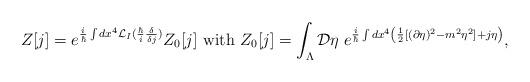
LaTeX: \begin{align*}Z[j]=e^{\frac{i}{\hbar }\int dx^{4}{\cal {L}}_{I}(\frac{\hbar }{i}\frac{\delta }{\delta j})}Z_{0}[j]\textrm{ with }Z_{0}[j]=\int _{\Lambda }{\cal {D}}\eta \; e^{\frac{i}{\hbar }\int dx^{4}\left( \frac{1}{2}[(\partial \eta )^{2}-m^{2}\eta ^{2}]+j\eta \right) },\end{align*}